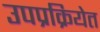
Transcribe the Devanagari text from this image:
उपप्रक्रियेत